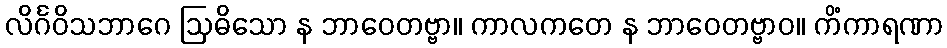
လိင်္ဂဝိသဘာဂေ ဩဓိသော န ဘာဝေတဗ္ဗာ။ ကာလကတေ န ဘာဝေတဗ္ဗာဝ။ ကိံကာရဏာ